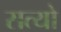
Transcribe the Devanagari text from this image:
सत्यो